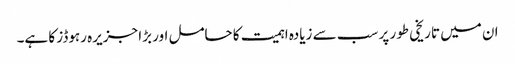
ان میں تاریخی طور پر سب سے زیادہ اہمیت کا حامل اور بڑا جزیرہ رہوڈز کا ہے۔